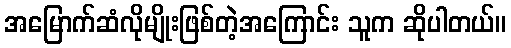
အမြောက်ဆံလိုမျိုးဖြစ်တဲ့အကြောင်း သူက ဆိုပါတယ်။